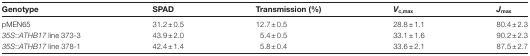
<table><thead><tr><td><b>Genotype</b></td><td><b>SPAD</b></td><td><b>Transmission (%)</b></td><td><b><i>V</i><sub>c,max</sub></b></td><td><b><i>J</i><sub>max</sub></b></td></tr></thead><tbody><tr><td>pMEN65</td><td>31.2±0.5</td><td>12.7±0.5</td><td>28.8±1.1</td><td>80.4±2.3</td></tr><tr><td><i>35S</i>::<i>ATHB17</i> line 373-3</td><td>43.9±2.0</td><td>5.4±0.5</td><td>33.1±1.6</td><td>90.2±2.3</td></tr><tr><td><i>35S</i>::<i>ATHB17</i> line 378-1</td><td>42.4±1.4</td><td>5.8±0.4</td><td>33.6±2.1</td><td>87.5±2.7</td></tr></tbody></table>